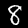
Digit: 8